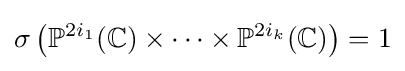
\sigma \left(\mathbb {P} ^{2i_{1}}(\mathbb {C} )\times \cdots \times \mathbb {P} ^{2i_{k}}(\mathbb {C} )\right)=1